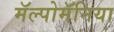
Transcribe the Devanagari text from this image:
मॅल्पोमॅनिया